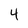
Character: 4